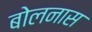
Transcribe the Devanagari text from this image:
बोलनास